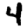
Digit: 4